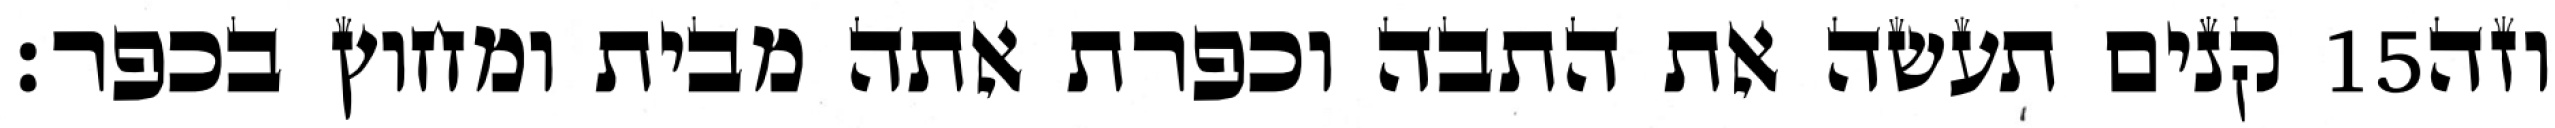
קנים תעשה את התבה וכפרת אתה מבית ומחוץ בכפר׃ ‎15‏ וזה